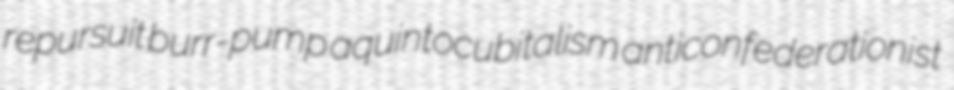
repursuit burr-pump aquintocubitalism anticonfederationist